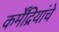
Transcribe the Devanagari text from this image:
कर्मेंद्रियांचे